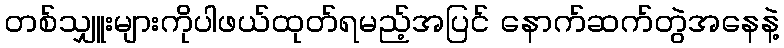
တစ်သျှူးများကိုပါဖယ်ထုတ်ရမည့်အပြင် နောက်ဆက်တွဲအနေနဲ့